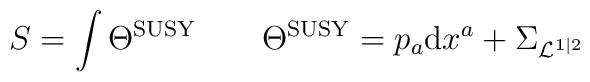
S=\int\Theta^{\rm SUSY} \qquad \Theta^{\rm SUSY}=p_a{\rm d}x^a+\Sigma_{{\cal L}^{1|2}}